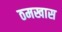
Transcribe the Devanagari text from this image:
ठमखास